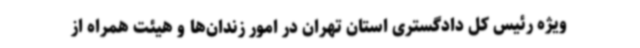
ویژه رئیس کل دادگستری استان تهران در امور زندان‌ها و هیئت همراه از